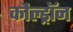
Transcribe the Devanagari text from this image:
कौल्ड्रॉन